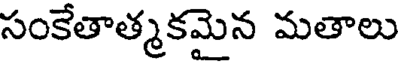
సంకేతాత్మకమైన మతాలు